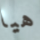
هيا